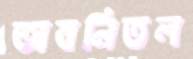
অবনিতল